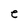
Character: e